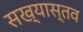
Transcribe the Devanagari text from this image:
सख्यास्तव